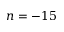
n = - 1 5